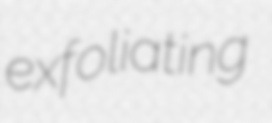
exfoliating